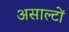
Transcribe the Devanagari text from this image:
असाल्टों